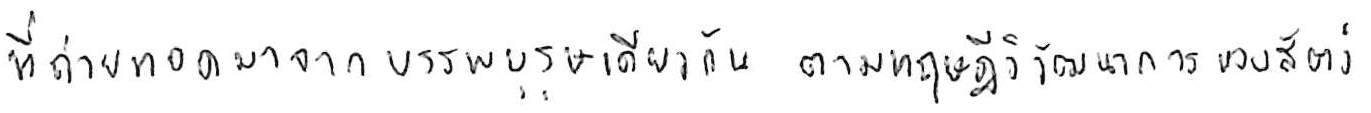
ที่ถ่ายทอดมาจากบรรพบุรุษเดียวกัน ตามทฤษฎีวิวัฒนาการของสัตว์